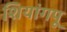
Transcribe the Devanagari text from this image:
शियांगपू